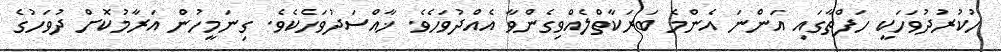
ހުކުރުދުވަހަކީ ހަފްތާގައި އަންނަ އެންމެ ބަރަކާތްލެއްވިގެންވާ އެއްދުވަހެވެ. ޚާއްސަދުވަހެކެވެ. ގިނަމީހުން އަރާމުކޮށް ދުވަހުގެ